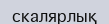
скалярлық